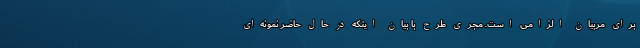
برای مربیان الزامی است. مجری طرح با بیان اینکه در حال حاضر نمونه‌ای